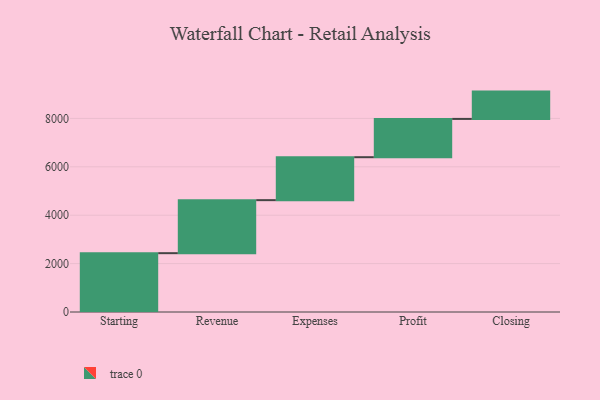
{"axis": {"x": "Step", "y": "Value"}, "legend": [""], "data": [{"x": "Starting", "y": 2431.0, "type": ""}, {"x": "Revenue", "y": 2191.0, "type": ""}, {"x": "Expenses", "y": 1775.0, "type": ""}, {"x": "Profit", "y": 1582.0, "type": ""}, {"x": "Closing", "y": 1129.0, "type": ""}]}